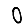
Digit: 0